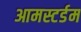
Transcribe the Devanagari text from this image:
आमस्टर्डम